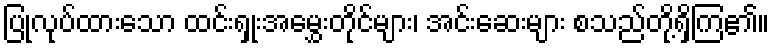
ပြုလုပ်ထားသော ထင်းရှုးအမွှေးတိုင်များ၊ အင်းဆေးများ စသည်တို့ရှိကြ၏။